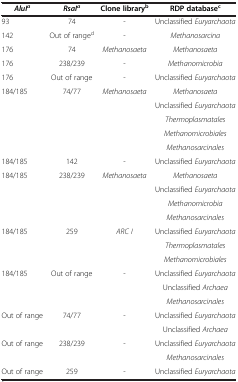
<table><thead><tr><td><b><i>AluI</i><sup><i>a</i></sup></b></td><td><b><i>RsaI</i><sup><i>a</i></sup></b></td><td><b>Clone library<sup>b</sup></b></td><td><b>RDP database<sup>c</sup></b></td></tr></thead><tbody><tr><td>93</td><td>74</td><td>-</td><td>Unclassified <i>Euryarchaota</i></td></tr><tr><td>142</td><td>Out of range<sup>d</sup></td><td>-</td><td><i>Methanosarcina</i></td></tr><tr><td>176</td><td>74</td><td><i>Methanosaeta</i></td><td><i>Methanosaeta</i></td></tr><tr><td>176</td><td>238/239</td><td>-</td><td><i>Methanomicrobia</i></td></tr><tr><td>176</td><td>Out of range</td><td>-</td><td>Unclassified <i>Euryarchaota</i></td></tr><tr><td>184/185</td><td>74/77</td><td><i>Methanosaeta</i></td><td><i>Methanosaeta</i></td></tr><tr><td> </td><td> </td><td> </td><td>Unclassified <i>Euryarchaota</i></td></tr><tr><td> </td><td> </td><td> </td><td><i>Thermoplasmatales</i></td></tr><tr><td> </td><td> </td><td> </td><td><i>Methanomicrobiales</i></td></tr><tr><td> </td><td> </td><td> </td><td><i>Methanosarcinales</i></td></tr><tr><td>184/185</td><td>142</td><td>-</td><td>Unclassified <i>Euryarchaota</i></td></tr><tr><td>184/185</td><td>238/239</td><td><i>Methanosaeta</i></td><td><i>Methanosaeta</i></td></tr><tr><td> </td><td> </td><td> </td><td>Unclassified <i>Euryarchaota</i></td></tr><tr><td> </td><td> </td><td> </td><td><i>Methanomicrobia</i></td></tr><tr><td> </td><td> </td><td> </td><td><i>Methanosarcinales</i></td></tr><tr><td>184/185</td><td>259</td><td><i>ARC I</i></td><td>Unclassified <i>Euryarchaota</i></td></tr><tr><td> </td><td> </td><td> </td><td><i>Thermoplasmatales</i></td></tr><tr><td> </td><td> </td><td> </td><td><i>Methanomicrobiales</i></td></tr><tr><td>184/185</td><td>Out of range</td><td>-</td><td>Unclassified <i>Euryarchaota</i></td></tr><tr><td> </td><td> </td><td> </td><td>Unclassified <i>Archaea</i></td></tr><tr><td> </td><td> </td><td> </td><td><i>Methanosarcinales</i></td></tr><tr><td>Out of range</td><td>74/77</td><td>-</td><td>Unclassified <i>Euryarchaota</i></td></tr><tr><td> </td><td> </td><td> </td><td>Unclassified <i>Archaea</i></td></tr><tr><td>Out of range</td><td>238/239</td><td>-</td><td>Unclassified <i>Euryarchaota</i></td></tr><tr><td> </td><td> </td><td> </td><td><i>Methanosarcinales</i></td></tr><tr><td>Out of range</td><td>259</td><td>-</td><td>Unclassified <i>Euryarchaota</i></td></tr></tbody></table>